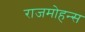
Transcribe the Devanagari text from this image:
राजमोहन्स